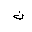
Letter: _non